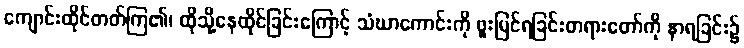
ကျောင်းထိုင်တတ်ကြ၏၊ ထိုသို့နေထိုင်ခြင်းကြောင့် သံဃာကောင်းကို ဖူးမြင်ရခြင်းတရားတော်ကို နာရခြင်း၌